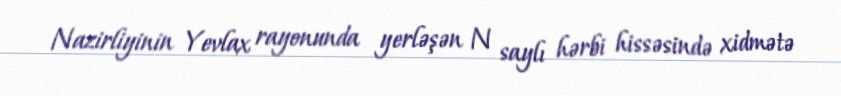
Nazirliyinin Yevlax rayonunda yerləşən N saylı hərbi hissəsində xidmətə